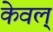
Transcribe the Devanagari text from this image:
केवल्